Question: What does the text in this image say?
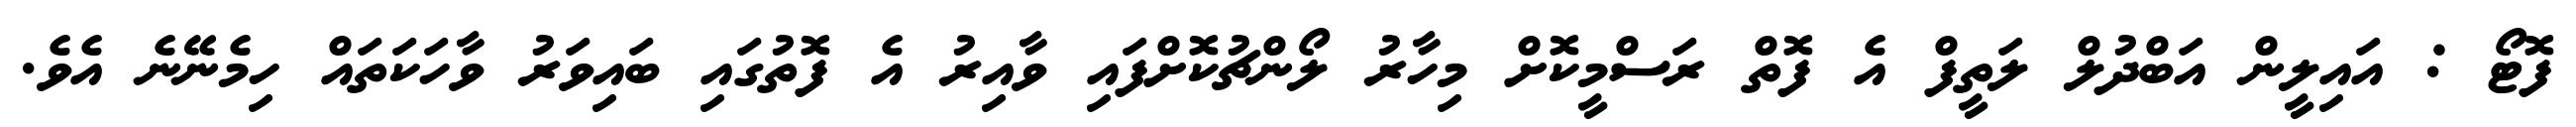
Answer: ފޮޓޯ : އައިލީން އަބްދުލް ލަތީފް އެ ފޮތް ރަސްމީކޮށް މިހާރު ލޯންޗުކޮށްފައި ވާއިރު އެ ފޮތުގައި ބައިވަރު ވާހަކަތައް ހިމެނޭނެ އެވެ.